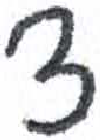
אות: ץ